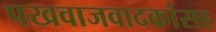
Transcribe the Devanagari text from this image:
पखवाजवादकांसह